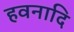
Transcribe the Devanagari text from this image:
हवनादि